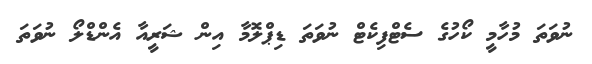
ނުވަތަ މުހާމީ ކޯހުގެ ސެޓްފިކެޓް ނުވަތަ ޑިޕްލޮމާ އިން ޝަރީއާ އެންޑްލޯ ނުވަތަ